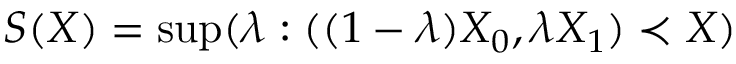
S ( X ) = \operatorname* { s u p } ( \lambda : ( ( 1 - \lambda ) X _ { 0 } , \lambda X _ { 1 } ) \prec X )